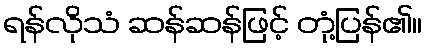
ရန်လိုသံ ဆန်ဆန်ဖြင့် တုံ့ပြန်၏။